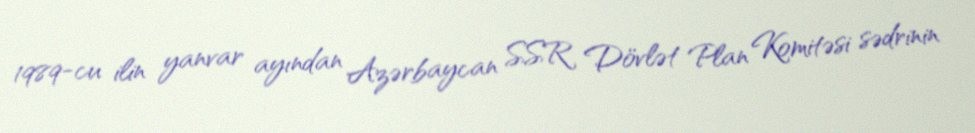
1989-cu ilin yanvar ayından Azərbaycan SSR Dövlət Plan Komitəsi sədrinin